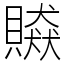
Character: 贆